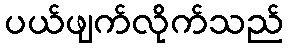
ပယ်ဖျက်လိုက်သည်